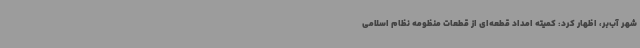
شهر آب‌بر، اظهار کرد: کمیته امداد قطعه‌ای از قطعات منظومه نظام اسلامی